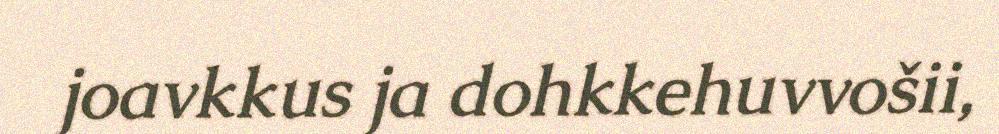
joavkkus ja dohkkehuvvošii,